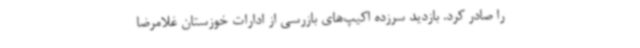
را صادر کرد. بازدید سرزده اکیپ‌های بازرسی از ادارات خوزستان غلامرضا